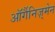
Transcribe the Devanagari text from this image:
ऑर्गैनिज़्मेन